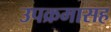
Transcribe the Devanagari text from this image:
उपक्रमासह